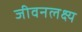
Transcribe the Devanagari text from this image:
जीवनलक्ष्य